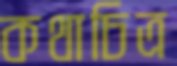
কথাচিত্র